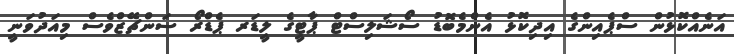
އަނެއްކޮޅުން ސްޕެއިންގެ އިދިކޮޅު އެންމެބޮޑު ސޯޝަލިސްޓް ޕާޓީގެ ލީޑަރ ޕެޑްރޯ ސަންޗޭޒްވެސް މިއަދުވަނީ